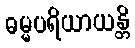
ဓမ္မပရိယာယန္တိ